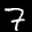
Label: 7